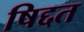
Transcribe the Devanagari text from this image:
षिद्दत